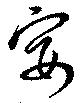
宴